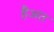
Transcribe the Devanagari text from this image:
हैअत